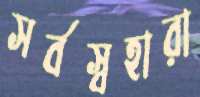
সর্বস্বহারা